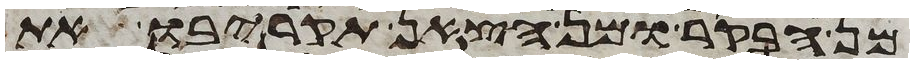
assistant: מן הבקר או מן הצאן תקריבו את